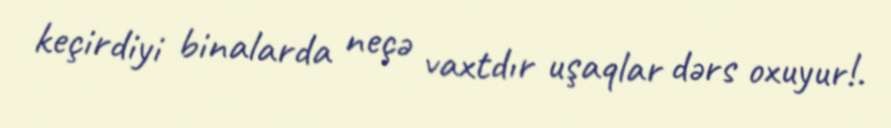
keçirdiyi binalarda neçə vaxtdır uşaqlar dərs oxuyur!.